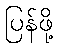
ပြန်ဖို့